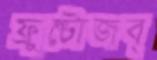
ফ্রুক্টোজব্